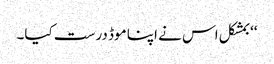
‘‘ بمشکل اس نے اپنا موڈ درست کیا۔